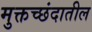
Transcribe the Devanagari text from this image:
मुक्तच्छंदातील